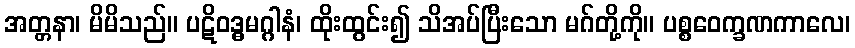
အတ္တနာ၊ မိမိသည်။ ပဋိဝဒ္ဓမဂ္ဂါနံ၊ ထိုးထွင်း၍ သိအပ်ပြီးသော မဂ်တို့ကို။ ပစ္စဝေက္ခဏကာလေ၊